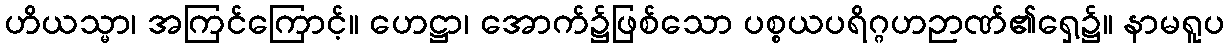
ဟိယသ္မာ၊ အကြင်ကြောင့်။ ဟေဋ္ဌာ၊ အောက်၌ဖြစ်သော ပစ္စယပရိဂ္ဂဟဉာဏ်၏ရှေ့၌။ နာမရူပ